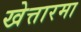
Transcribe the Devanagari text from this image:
खेत्तारमा